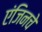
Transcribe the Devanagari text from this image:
एंजिनचे